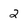
Character: 2